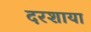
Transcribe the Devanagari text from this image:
दरशाया